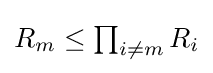
{\textstyle R_{m}\leq \prod _{i\neq m}R_{i}}